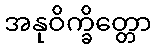
အနုဝိက္ခိတ္တော